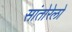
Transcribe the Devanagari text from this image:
सांतोरेलो